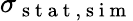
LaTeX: \sigma_{\mathrm{~s~t~a~t~,~s~i~m~}}